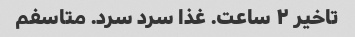
تاخیر ۲ ساعت. غذا سرد سرد. متاسفم